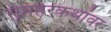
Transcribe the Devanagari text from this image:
गुप्तहेरकथांवर